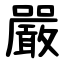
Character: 嚴